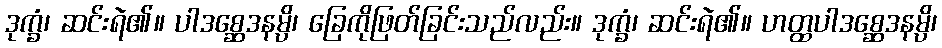
ဒုက္ခံ၊ ဆင်းရဲ၏။ ပါဒစ္ဆေဒနမ္ပိ၊ ခြေကိုဖြတ်ခြင်းသည်လည်း။ ဒုက္ခံ၊ ဆင်းရဲ၏။ ဟတ္ထပါဒစ္ဆေဒနမ္ပိ၊